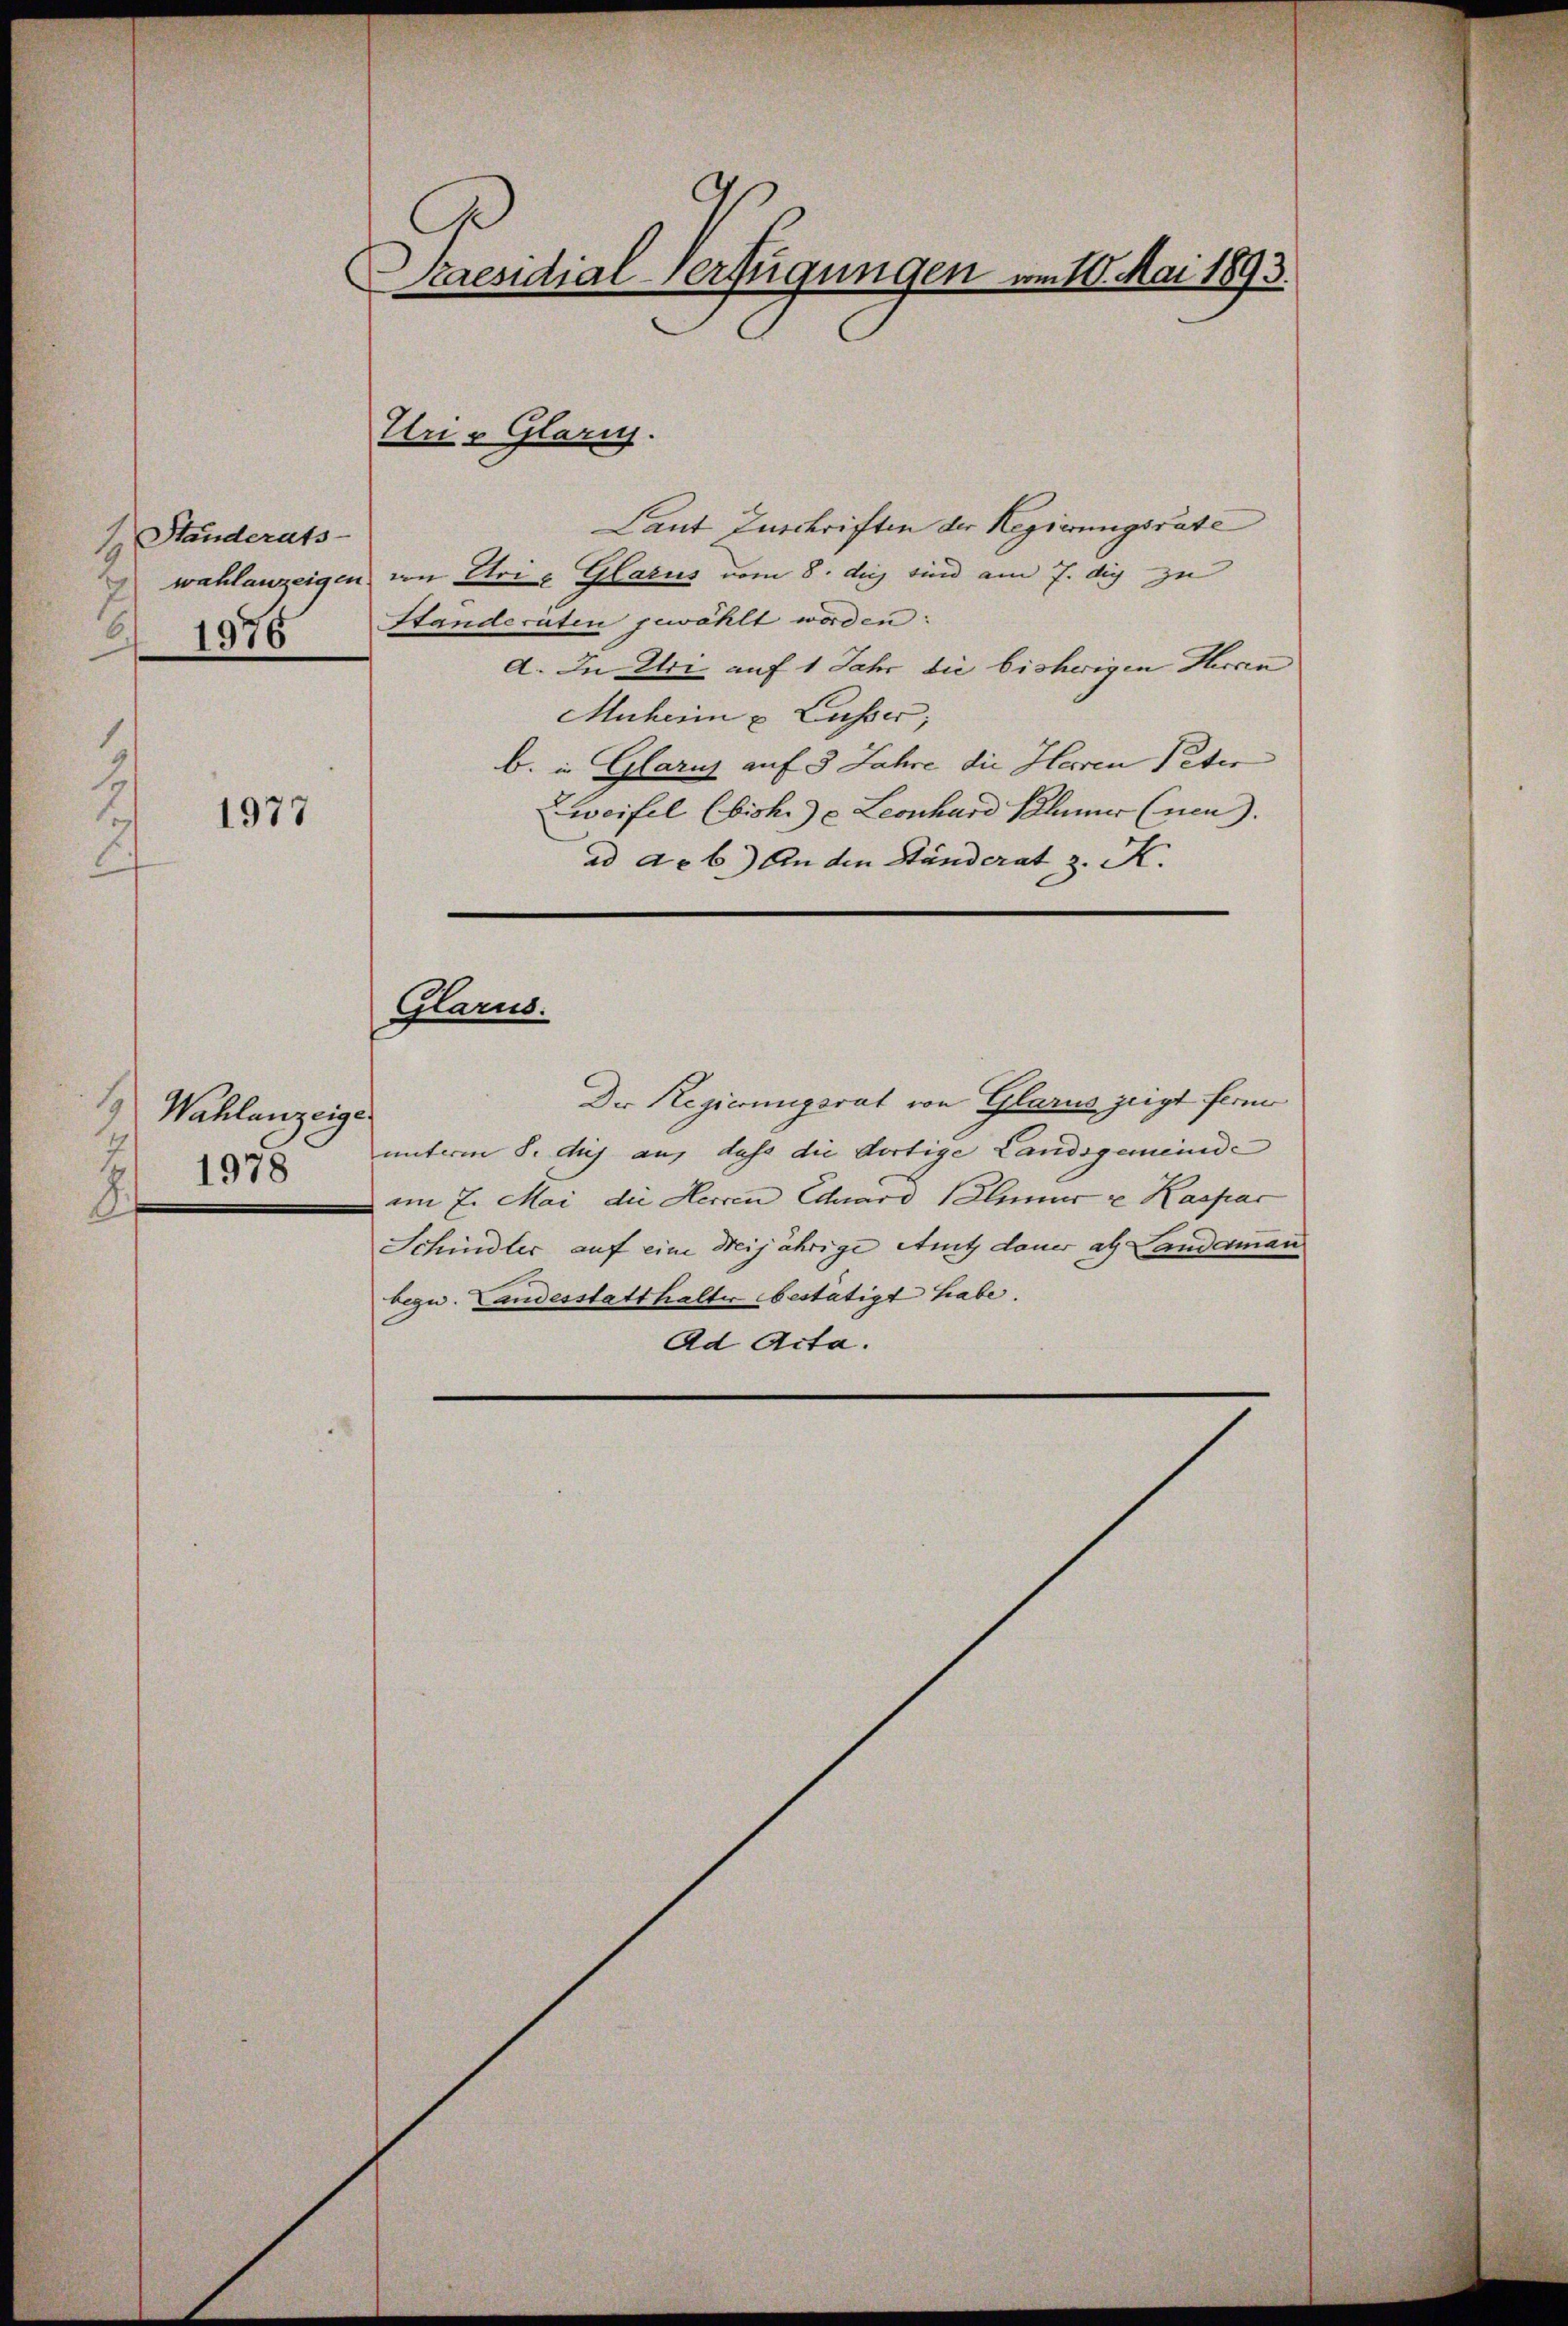
Standerats-

1

1977

1
Wahlanzeige
2.

Praesidial-Verfügungen am 10. Mai 1893.

Laut Zuschriften der Regierungsräte
wahlanzeigen von Uri u. Glarus vom 8. des sind am 7. dig zu
1976 Standeräten gewählt worden:
d. In Uri auf 1 Jahr die bisherigen Heran
Muheim u. Casser;
b. in Glarus auf 3 Jahre die Herren Peter
Zweifel Ebisher Leonhard Blümer (nen).
ad de b.) An den Ständerat z. K.
Glarus.
Der Regierungsrat von Glarus zeigt ferm
 unterm 8. dies auf dass die dortige Landsgemeinde
am 7. Mai die Herren Eduard Plinius u. Kaspar
Schindler auf eine Meijährige Amt dauer als Landerman
bezw. Landesstatthalter bestätigt habe.
Ad Acta.

Uri, Glarii.